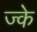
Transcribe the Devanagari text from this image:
ज्के